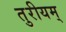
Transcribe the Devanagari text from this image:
तुरीयम्‌